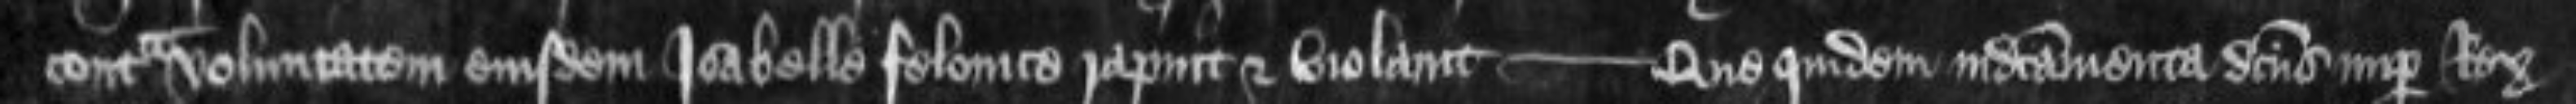
contra voluntatem eiusdem Isabelle felonice rapuit et violavit -- Que quidem indictamenta dictus nuper Rex